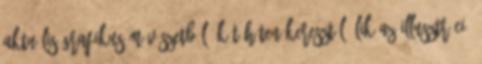
aktuális grafikus művészetből. Két héten keresztül ülik az illusztráció